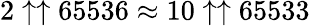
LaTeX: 2\uparrow\uparrow 65536\approx 10\uparrow\uparrow 65533